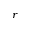
r